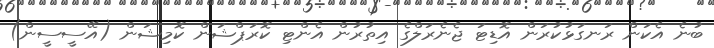
ބުނެ އެކަން ރަނގަޅުކުރަން އޮޑިޓަ ޖެނެރަލްގެ އިތުރުން އެންޓި ކޮރަޕްޝަން ކޮމިޝަން (އޭސީސީން)